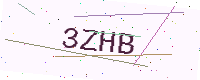
Text: 3ZHB